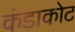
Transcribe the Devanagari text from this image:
कंडाकोट